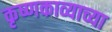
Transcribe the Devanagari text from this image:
कृष्णकाव्याच्या